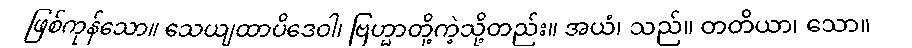
ဖြစ်ကုန်သော။ သေယျထာပိဒေဝါ၊ ဗြဟ္မာတို့ကဲ့သို့တည်း။ အယံ၊ သည်။ တတိယာ၊ သော။